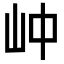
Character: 㞲